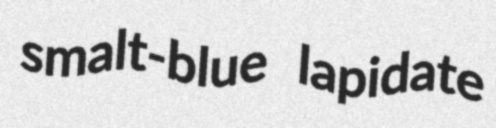
smalt-blue lapidate